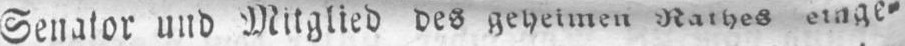
Senator und Mitglied des geheimen Rathes einge⸗